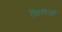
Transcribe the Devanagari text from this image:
फ़िरोज़ा